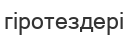
гіротездері